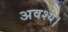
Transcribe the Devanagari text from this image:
अवश्य।